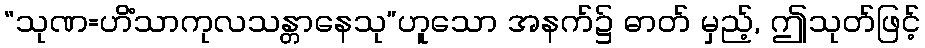
“သုဏ=ဟိံသာကုလသန္တာနေသု”ဟူသော အနက်၌ ဓာတ် မှည့်, ဤသုတ်ဖြင့်